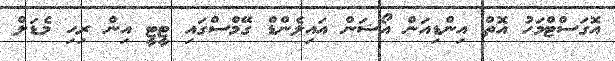
އޮގަސްޓްމަހު އޮތް އިންޑިއަން އޯޝަން އައިލެންޑް ގޭމްސްގައި ޓީޓީ އިން ރިހި މެޑަލް